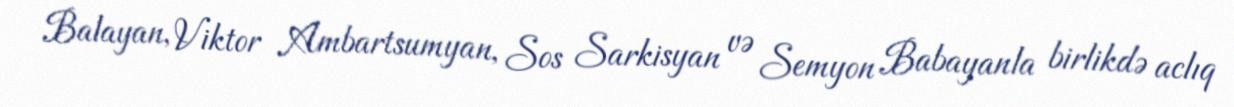
Balayan, Viktor Ambartsumyan, Sos Sarkisyan və Semyon Babayanla birlikdə aclıq